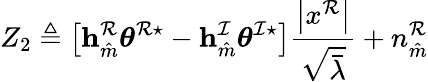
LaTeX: Z_{2}\triangleq\left[\mathbf{h}_{\hat{m}}^{\mathcal{R}}\boldsymbol{\theta}^{\mathcal{R}\star}-\mathbf{h}_{\hat{m}}^{\mathcal{I}}\boldsymbol{\theta}^{\mathcal{I}\star}\right]\frac{\left|x^{\mathcal{R}}\right|}{\sqrt{\bar{\lambda}}}+n_{\hat{m}}^{\mathcal{R}}